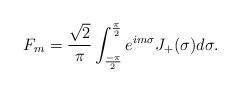
LaTeX: \begin{align*}F_{m}=\frac{\sqrt{2}}{\pi}\int_{\frac{-\pi}{2}}^{\frac{\pi}{2}}e^{im\sigma}J_{+}(\sigma)d\sigma.\end{align*}